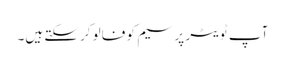
آپ ٹویٹر پر سیم کو فالو کرسکتے ہیں۔